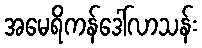
အမေရိကန်ဒေါ်လာသန်း